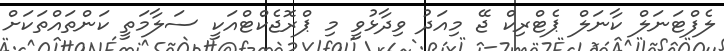
ލެފްޓަނަލް ކާނަލް ޕެޓްރިކް ޖޭ މިއަދު ވިދާޅުވީ މި ޕްރޮޖެކްޓްއަކީ ސަލާމަތީ ކަންތައްތަކަށް